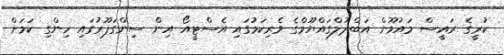
ކުރީގެ ރައީސް މައުމޫން އަބްދުލްގައްޔޫމްގެ ވެރިކަމުގައި އެސްޓީއޯ އިން ސިންގަޕޫރުގައި ހިންގި ކަމަށް